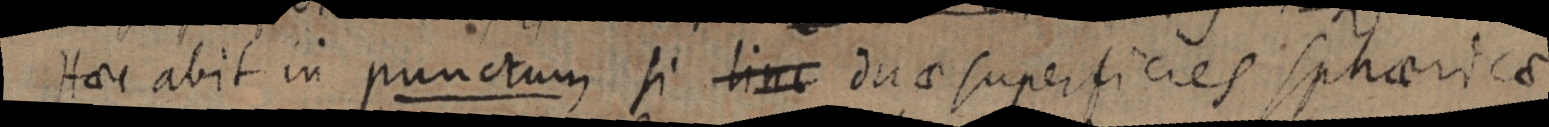
Haec abit in punctum si linc duae superficies sphaerica